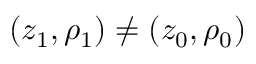
( z _ { 1 } , \rho _ { 1 } ) \neq ( z _ { 0 } , \rho _ { 0 } )